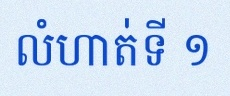
លំហាត់ទី ១